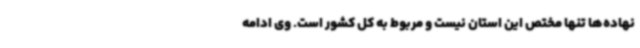
نهاده‌ها تنها مختص این استان نیست و مربوط به کل کشور است. وی ادامه